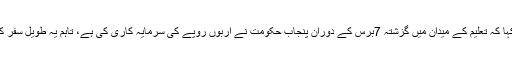
انہوں نے کہا کہ تعلیم کے میدان میں گزشتہ 7برس کے دوران پنجاب حکومت نے اربوں روپے کی سرمایہ کاری کی ہے، تاہم یہ طویل سفر کا آغاز ہے۔